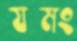
যমং